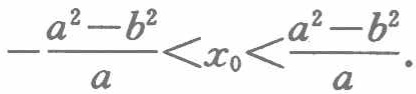
\(-\frac{a^{2}-b^{2}}{a}<x_{0}<\frac{a^{2}-b^{2}}{a}\)